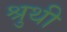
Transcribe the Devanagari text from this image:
श्रुथी